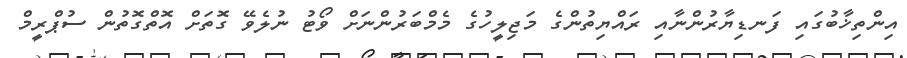
އިންތިޚާބުގައި ފަނޑިޔާރުންނާއި ރައްޔިތުންގެ މަޖިލީހުގެ މެމްބަރުންނަށް ވޯޓު ނުލެވޭ ގޮތަށް އޮތްގޮތުން ސުޕްރީމް